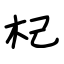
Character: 杞